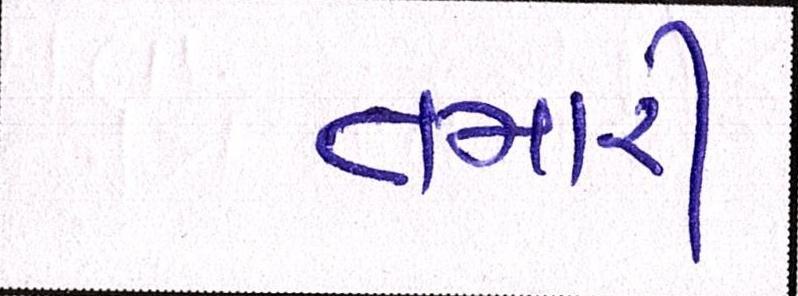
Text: તમારી